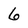
Character: 6